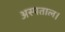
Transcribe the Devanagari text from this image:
अस्पताल।